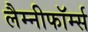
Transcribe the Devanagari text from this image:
लैम्नीफॉर्म्स